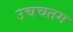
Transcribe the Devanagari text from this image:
उचचतम